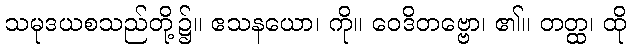
သမုဒယစသည်တို့၌။ ဧသနယော၊ ကို။ ဝေဒိတဗ္ဗော၊ ၏။ တတ္ထ၊ ထို